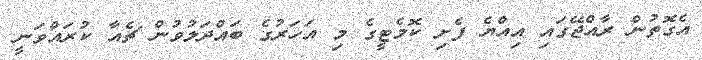
އެގޮތުން ރާއްޖޭގައި އިއްޔެ ފެށި ކޮމެޓީގެ މި އަހަރުގެ ބައްދަލުވުން ޗެއާ ކުރައްވަނީ